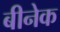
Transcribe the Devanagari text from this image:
बीनेक